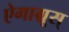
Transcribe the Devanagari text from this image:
ऐगाग्रूस्